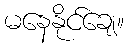
မနေနိုင်ချေ။